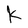
Character: k